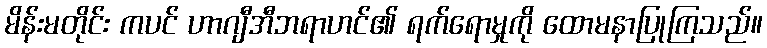
မိန်းမတိုင်း ကပင် ဟာဂျီအီဘရာဟင်၏ ရက်ရောမှုကို ထောမနာပြုကြသည်။